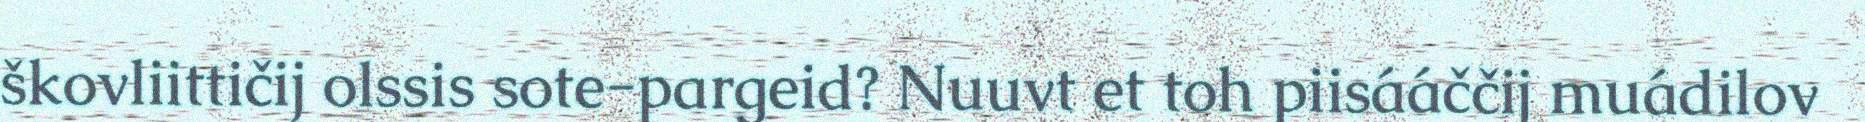
škovliittičij olssis sote-pargeid? Nuuvt et toh piisááččij muádilov